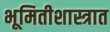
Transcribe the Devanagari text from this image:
भूमितीशास्त्रात